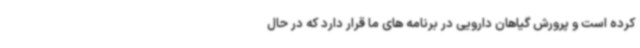
کرده است و پرورش گیاهان دارویی در برنامه های ما قرار دارد که در حال